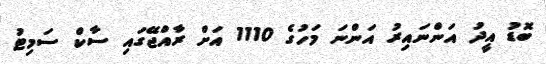
ބޮޑު އީދު އަންނައިރު އަންނަ މަހުގެ 1110 އަށް ރާއްޖޭގައި ސާކް ސަމިޓު